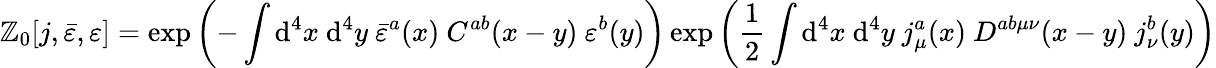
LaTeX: \mathbb{Z}_{0}[j,{\bar{{\varepsilon}}},\varepsilon]=\exp\left(-\int\mathrm{{d}}^{4}x\ \mathrm{{d}}^{4}y\ {\bar{{\varepsilon}}}^{a}(x)\ C^{ab}(x-y)\ \varepsilon^{b}(y)\right)\exp\left({\frac{{1}}{{2}}}\int\mathrm{{d}}^{4}x\ \mathrm{{d}}^{4}y\ j_{\mu}^{a}(x)\ D^{ab\mu\nu}(x-y)\ j_{\nu}^{b}(y)\right)